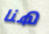
هنا